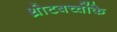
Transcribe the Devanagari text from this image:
थ्रोटबच्चोंके